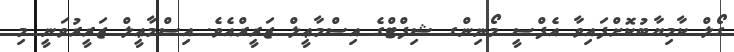
ގޯލް ކާމިޔާބުކޮށްފައިވާ އެފްސީ މޯނިންގ ޝިފްޓްގެ އިސްމާޢީލް ޒަރީރްއެވެ. އިސްމާޢީލް ޒަރީރުވަނީ މި